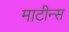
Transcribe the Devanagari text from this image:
माटीन्स